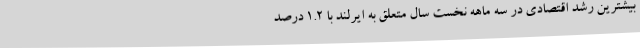
بیشترین رشد اقتصادی در سه ماهه نخست سال متعلق به ایرلند با 1.2 درصد